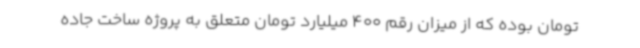
تومان بوده که از میزان رقم 400 میلیارد تومان متعلق به پروژه ساخت جاده